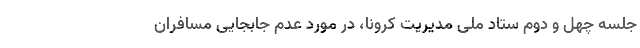
جلسه چهل و دوم ستاد ملی مدیریت کرونا، در مورد عدم جابجایی مسافران